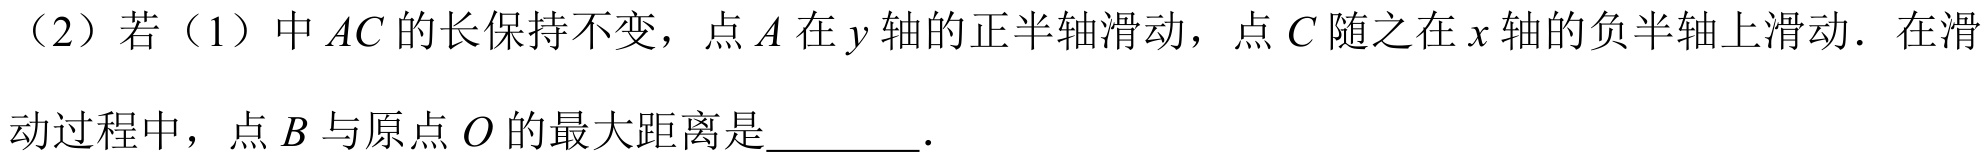
（2）若（1）中\(AC\)的长保持不变，点\(A\)在\(y\)轴的正半轴滑动，点\(C\)随之在\(x\)轴的负半轴上滑动．在滑动过程中，点\(B\)与原点\(O\)的最大距离是________．